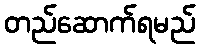
တည်ဆောက်ရမည်